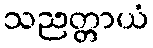
သညတ္တာယံ